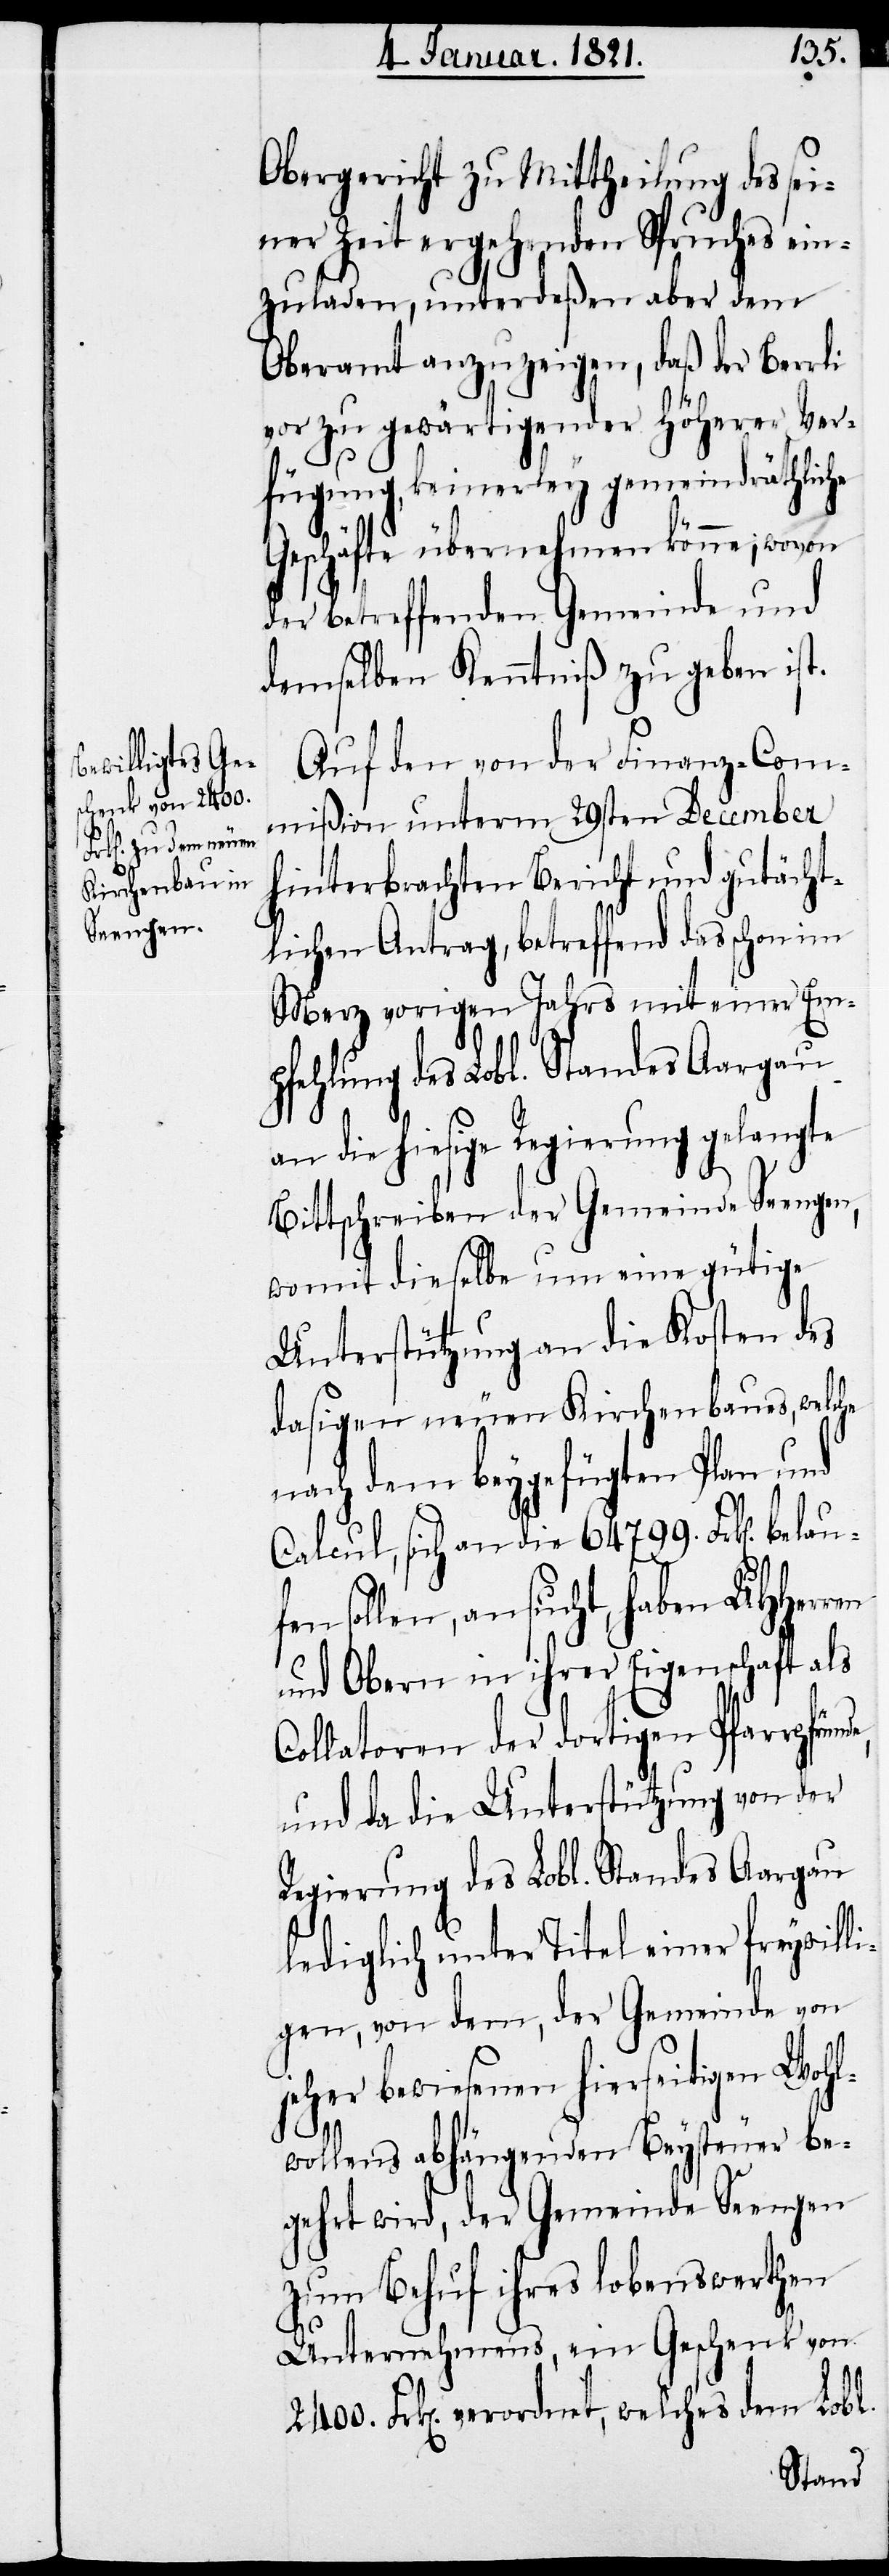
Obergericht zu Mittheilung des sei¬
ner Zeit ergehenden Spruches ein¬
zuladen, unterdeßen aber dem
Oberamt anzuzeigen, daß der Berrli
vor zu gewärtigender höherer Ver¬
fügung, keinerley gemeindräthliche
Geschäfte übernehmen könne; wovon
der betreffenden Gemeinde und
demselben Kenntniß zu geben ist.
Auf den von der Finanz-Com¬
mißion unterm 29sten December
hinterbrachten Bericht und gutächt¬
lichen Antrag, betreffend das schon im
Merz vorigen Jahrs mit einer Em¬
pfehlung des Lobl. Standes Aargau
an die hiesige Regierung gelangte
Bittschreiben der Gemeinde Seengen,
womit dieselbe um eine gütige
Unterstützung an die Kosten des
dasigen neuen Kirchenbaues, welche
nach dem beygefügten Plan und
Calcul, sich an die 64 799. Frk[en].
sollen, ansucht, haben UHHerren
und Obern in ihrer Eigenschaft als
Collatoren der dortigen Pfarrpfrün¬
und da die Unterstützung von der
Regierung des Lobl. Standes Aargau
lediglich unter Titel einer freywilli¬
gen, von dem, der Gemeinde von
jeher bewiesenen hierseitigen Wohl¬
de,
wollens abhängenden Beysteuer be¬
gehrt wird, der Gemeinde Seengen
zum Behuf ihres lobenswerthen
Unternehmens, ein Geschenk von
Frk[en]. verordnet, welches dem Lobl.